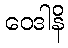
ဝေဒါနိ